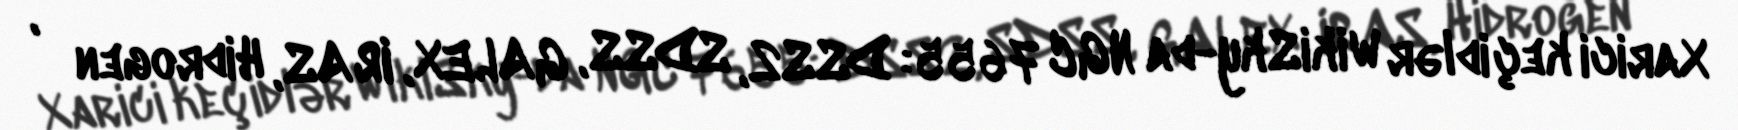
Xarici keçidlər WikiSky-da NGC 7655: DSS2, SDSS, GALEX, IRAS, Hidrogen α,